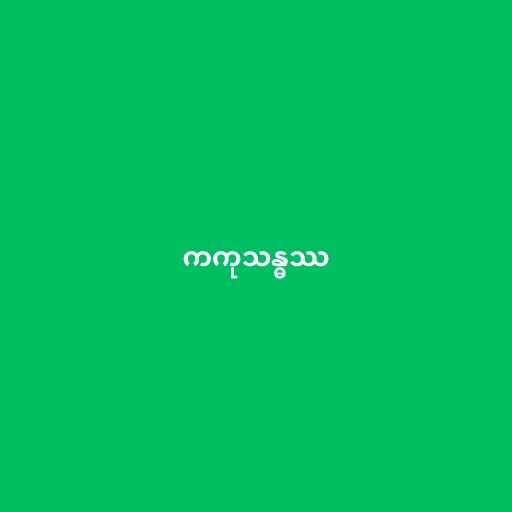
ကကုသန္ဓဿ